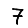
Digit: 7